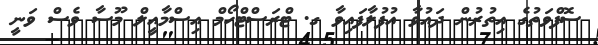
ސޮފްވަތުގެ އިތުރުން ދައުވާ އުފުލާފައިވާ ގ. ޓްރަސްޓްހޯމް އިސްމާއީލް މޫސާ ވެސް ވަނީ